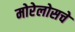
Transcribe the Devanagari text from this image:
मोरेलोसचे